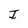
Character: I